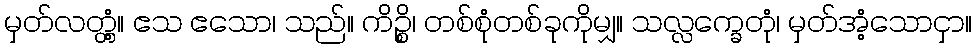
မှတ်လတ္တံ့။ ဧသ ဧသော၊ သည်။ ကိဉ္စိ၊ တစ်စုံတစ်ခုကိုမျှ။ သလ္လက္ခေတုံ၊ မှတ်အံ့သောငှာ။